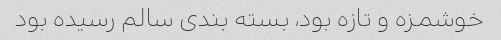
خوشمزه و تازه بود، بسته بندی سالم رسیده بود